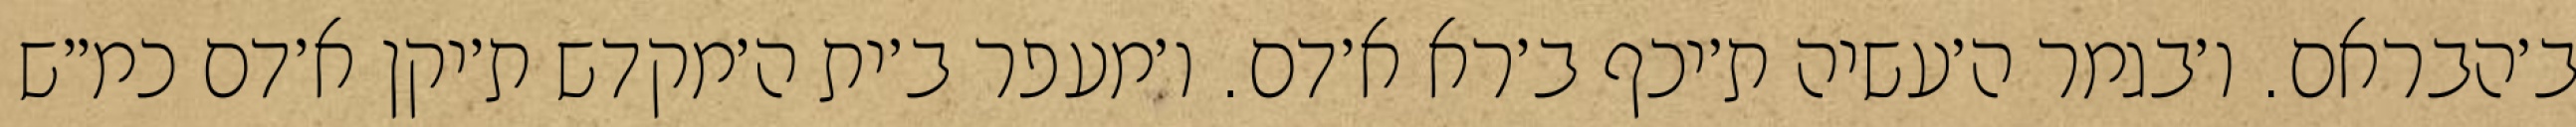
ב׳הבראם. ו׳בגמר ה׳עשיה ת׳יכף ב׳רא א׳דם. ו׳מעפר ב׳ית ה׳מקדש ת׳יקן א׳דם כמ״ש